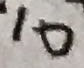
1 0